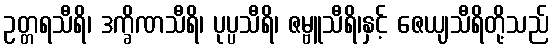
ဥတ္တရသီရိ၊ ဒက္ခိဏသီရိ၊ ပုပ္ပသီရိ၊ ဇမ္ဗူသီရိ၊နှင့် ဇေယျသီရိတို့သည်